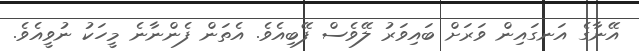
އޭނާގެ އަނގައިން ވަރަށް ބައިވަރު ލޭވެސް ފޭބިއެވެ. އެތަން ފެންނާނެ މީހަކު ނުވީއެވެ.